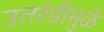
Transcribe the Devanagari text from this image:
उतरंडीमुळे